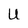
Character: U